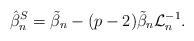
LaTeX: \begin{align*}\hat{\beta}_n^{S}=\tilde{\beta}_n -(p-2)\tilde{\beta}_n \mathcal{L}_n^{-1}.\end{align*}